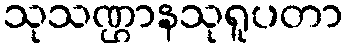
သုသဏ္ဌာနသုရူပတာ